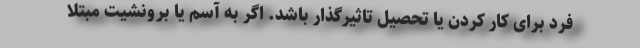
فرد برای کار کردن یا تحصیل تاثیرگذار باشد. اگر به آسم یا برونشیت مبتلا